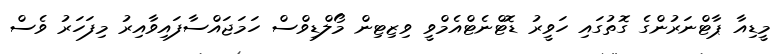
މީޑިއާ ޕާޓްނަރުންގެ ގޮތުގައި ހަވީރު ޑޮޓްނެޓްއެމްވީ ވިޒިޓިން މޯލްޑިވްސް ހަމަޖައްސާފައިވާއިރު މިފަހަރު ވެސް